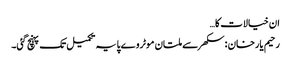
ان خیالات کا…
رحیم یارخان :سکھر سے ملتان موٹروے پایہ تکمیل تک پہنچ گئی۔